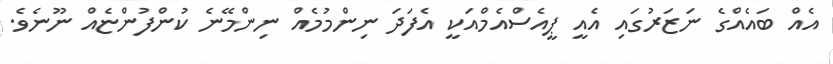
އެއް ބައެއްގެ ނަޒަރުގައި އެއީ ޕީއެސްއެމްއަކީ އެފަދަ ނިންމުމެއް ނިންމޭނެ ކުންފުންޏެއް ނޫނެވެ.